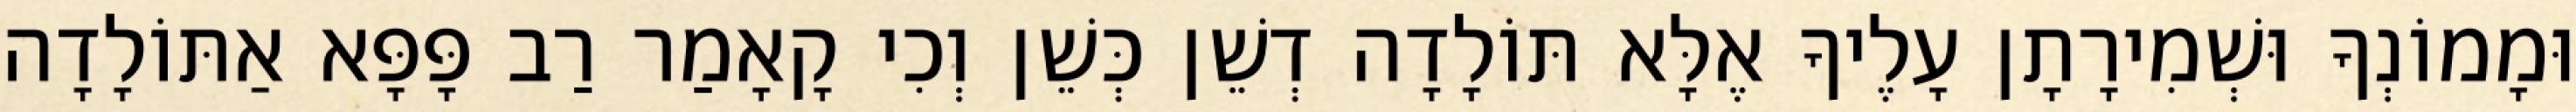
וּמָמוֹנְךָ וּשְׁמִירָתָן עָלֶיךָ אֶלָּא תּוֹלָדָה דְשֵׁן כְּשֵׁן וְכִי קָאָמַר רַב פָּפָּא אַתּוֹלָדָה